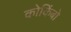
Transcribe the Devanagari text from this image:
कोकिंबो